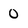
Character: 0